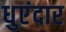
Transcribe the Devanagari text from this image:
धुएंदार